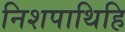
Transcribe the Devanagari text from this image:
निशपाथिहि